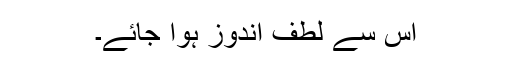
اس سے لطف اندوز ہوا جائے۔